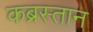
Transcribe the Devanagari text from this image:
कब्रस्‍तान